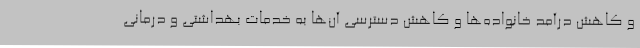
و کاهش درآمد خانواده‌ها و کاهش دسترسی آن‌ها به خدمات بهداشتی و درمانی